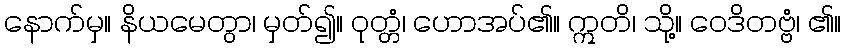
နောက်မှ။ နိယမေတွာ၊ မှတ်၍။ ဝုတ္တံ၊ ဟောအပ်၏။ ဣတိ၊ သို့။ ဝေဒိတဗ္ဗံ၊ ၏။